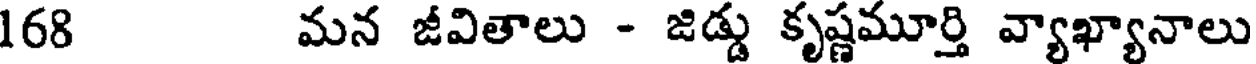
168 మన జీవితాలు - జిడ్డు కృష్ణమూర్తి వ్యాఖ్యానాలు